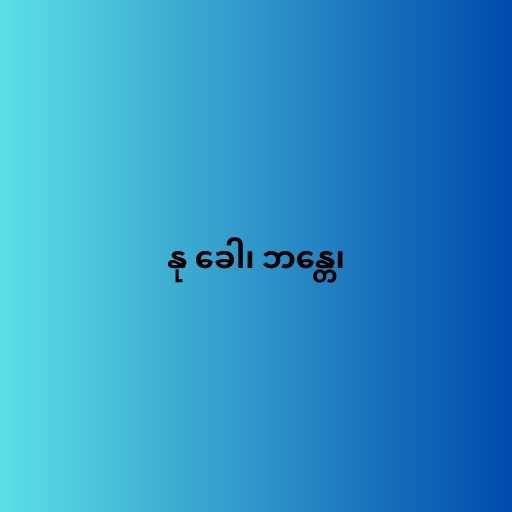
နု ခေါ၊ ဘန္တေ၊